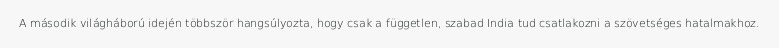
A második világháború idején többször hangsúlyozta, hogy csak a független, szabad India tud csatlakozni a szövetséges hatalmakhoz.